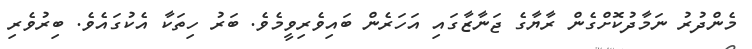
މެންދުރު ނަމާދުކޮށްގެން ރާޔާގެ ޖަނާޒާގައި އަހަރެން ބައިވެރިވީމެވެ. ބަރު ހިތަކާ އެކުގައެވެ. ބިރުވެރި